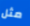
مثل